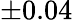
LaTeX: \pm 0.04